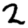
Digit: 2